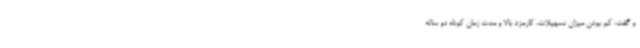
و گفت: کم بودن میزان تسهیلات، کارمزد بالا و مدت زمان کوتاه دو ساله